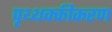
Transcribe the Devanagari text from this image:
पृथ्थक्कीकरण